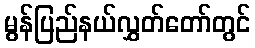
မွန်ပြည်နယ်လွှတ်တော်တွင်